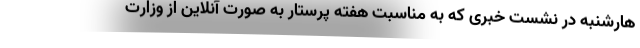
هارشنبه در نشست خبری که به مناسبت هفته پرستار به صورت آنلاین از وزارت